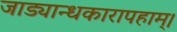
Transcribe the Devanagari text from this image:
जाड्यान्धकारापहाम्‌।